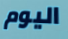
اليوم